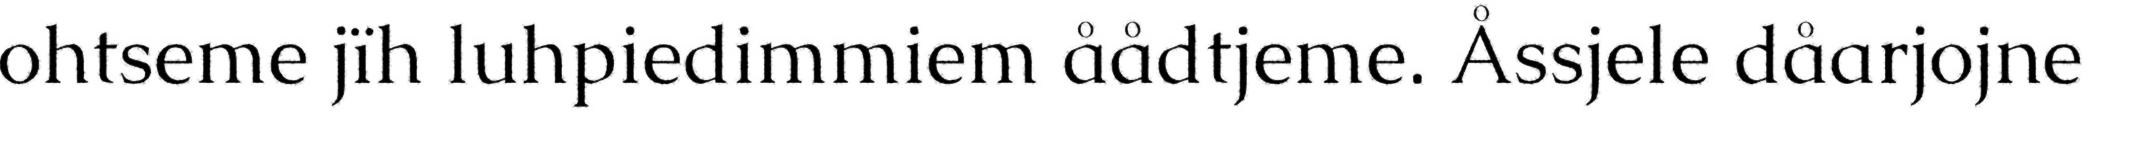
ohtseme jïh luhpiedimmiem åådtjeme. Åssjele dåarjojne